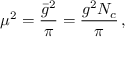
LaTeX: \mu ^ { 2 } = \frac { \bar { g } ^ { 2 } } { \pi } = \frac { g ^ { 2 } N _ { c } } { \pi } \, ,